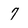
Character: 7